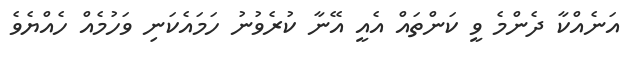
އަނެއްކާ ދެންމެ ވީ ކަންތައް އެއީ އޭނާ ކުރެވުނު ހަމައެކަނި ވަހުމެއް ހެއްޔެވެ